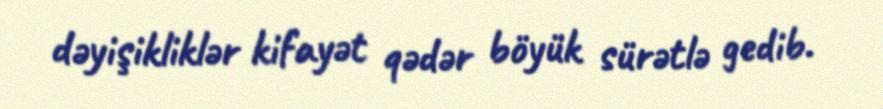
dəyişikliklər kifayət qədər böyük sürətlə gedib.